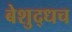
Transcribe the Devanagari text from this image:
बेशुद्धच